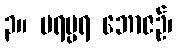
၃။ ပရမ္ပရ ဘောဇဉ်၊